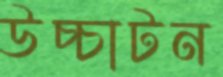
উচ্চাটন